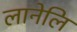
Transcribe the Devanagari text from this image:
लानेलि